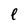
Character: e